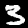
Label: 3